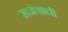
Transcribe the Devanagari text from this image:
राजंत्राची